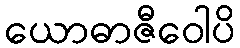
ယောဓာဇီဝေါပိ